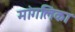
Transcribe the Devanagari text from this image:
मांगलिका